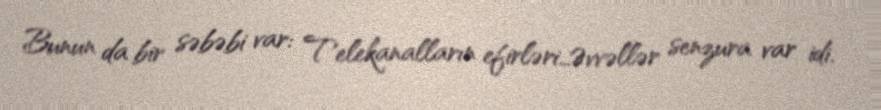
Bunun da bir səbəbi var: Telekanalların efirləri…Əvvəllər senzura var idi.